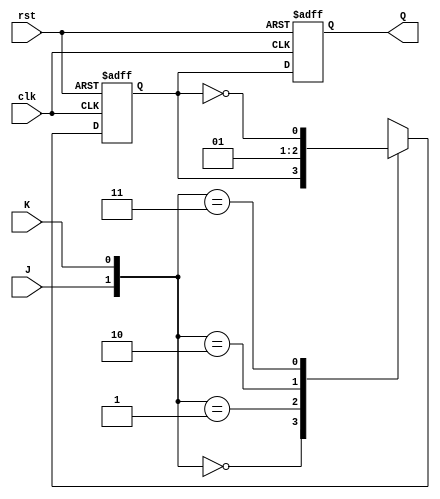
module master_slave_jk_ff(
    input J, K, clk, rst,
    output reg Q
);

reg Q_m; // Next state from master block

// Master block
always @(posedge clk or posedge rst)
begin
    if (rst)
        Q_m <= 1'b0;
    else
    begin
        case ({J, K})
            2'b00: Q_m <= Q_m;
            2'b01: Q_m <= 1'b0;
            2'b10: Q_m <= 1'b1;
            2'b11: Q_m <= ~Q_m;
        endcase
    end
end

// Slave block
always @(posedge clk or posedge rst)
begin
    if (rst)
        Q <= 1'b0;
    else
        Q <= Q_m;
end

endmodule